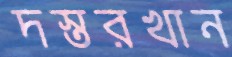
দস্তরখান